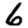
Digit: 6